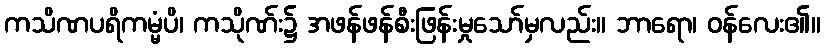
ကသိဏပရိကမ္မံပိ၊ ကသိုဏ်း၌ အဖန်ဖန်စီးဖြန်းမှုသော်မှလည်း။ ဘာရော၊ ဝန်လေး၏။